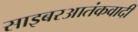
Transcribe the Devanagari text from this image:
साइबरआतंकवादी